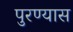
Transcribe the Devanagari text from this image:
पुरण्यास